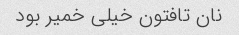
نان تافتون خیلی خمیر بود